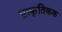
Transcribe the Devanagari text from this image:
प्राकृतिकक